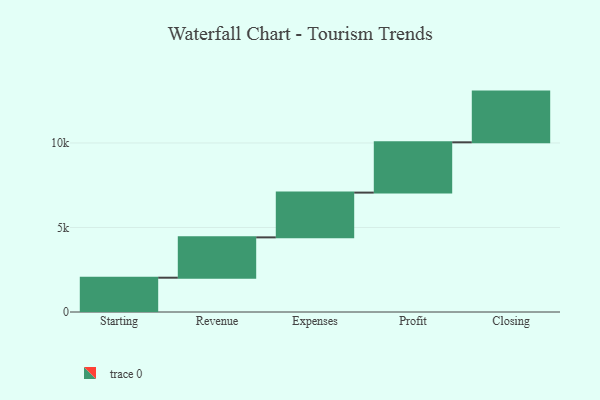
{"axis": {"x": "Step", "y": "Value"}, "legend": [""], "data": [{"x": "Starting", "y": 2029.0, "type": ""}, {"x": "Revenue", "y": 2386.0, "type": ""}, {"x": "Expenses", "y": 2649.0, "type": ""}, {"x": "Profit", "y": 2975.0, "type": ""}, {"x": "Closing", "y": 3000, "type": ""}]}